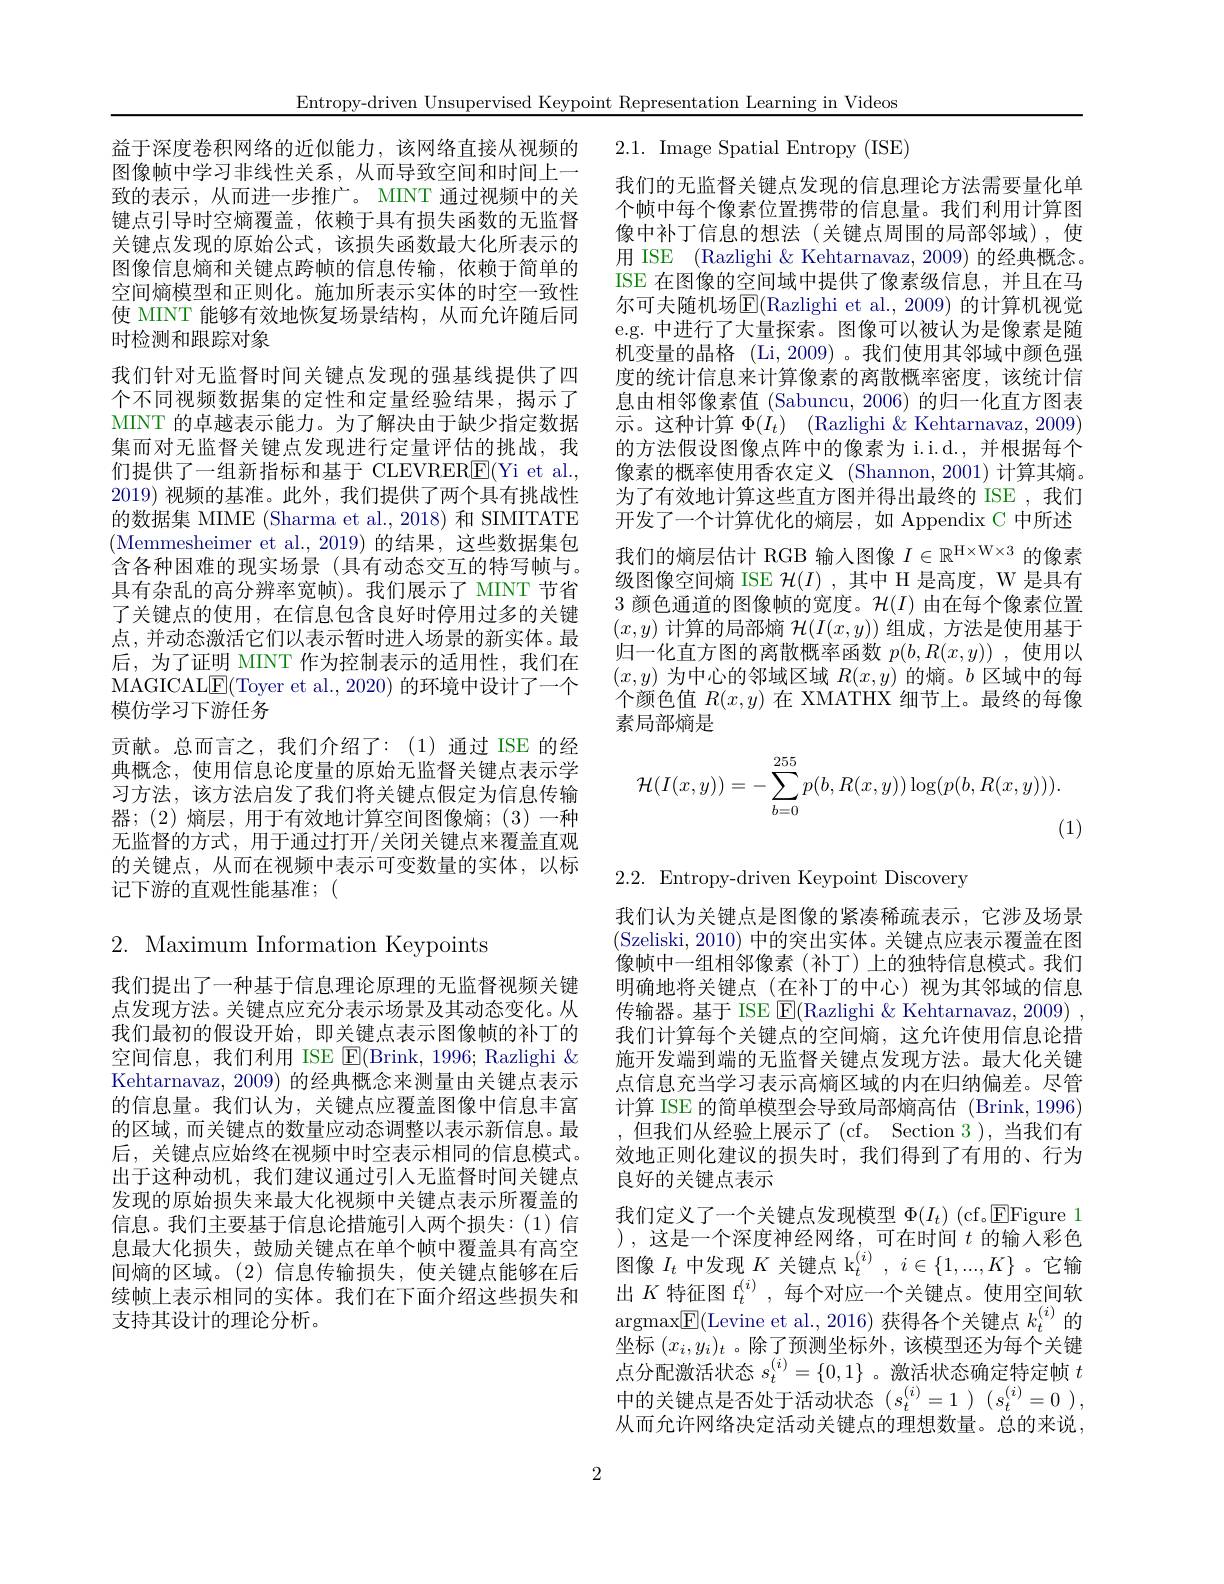
Entropy-driven Unsupervised Keypoint Representation Learning in Videos

2.1. Image Spatial Entropy (ISE)

我们的无监督关键点发现的信息理论方法需要量化单个帧中每个像素位置携带的信息量。我们利用计算图像中补丁信息的想法(关键点周围的局部邻域),使用 ISE (Razlighi &Kehtarnavaz, 2009) 的经典概念。ISE 在图像的空间域中提供了像素级信息，并且在马尔可夫随机场E(Razlighi et al.,2009) 的计算机视觉e.g. 中进行了大量探索。图像可以被认为是像素是随机变量的晶格 (Li, 2009) 。我们使用其邻域中颜色强度的统计信息来计算像素的离散概率密度，该统计信息由相邻像素值 (Sabuncu, 2006) 的归一化直方图表示。这种计算$\Phi ( I_t)$ (Razlighi $\&$ Kehtarnavaz, 2009) 的方法假设图像点阵中的像素为 i.i.d.,并根据每个像素的概率使用香农定义 (Shannon,2001)计算其熵。为了有效地计算这些直方图并得出最终的 ISE , 我们开发了一个计算优化的熵层，如 Appendix C 中所述我们的熵层估计 RGB 输入图像$I\in\mathbb{R}^{\mathrm{H\times W\times3}}$的像素级图像空间熵 ISE $\mathcal{H}(I)$ ,其中 H 是高度，W 是具有3 颜色通道的图像帧的宽度。$\mathcal{H}(I)$由在每个像素位置$(x,y)$计算的局部熵$\mathcal{H}(I(x,y))$组成 ,方法是使用基于归一化直方图的离散概率函数$p(b,R(x,y))$ ,使用以$(x,y)$为中心的邻域区域$R(x,y)$的熵。$b$区域中的每个颜色值$R(x,y)$在 XMATHX 细节上。最终的每像素局部熵是
$$\mathcal{H}(I(x,y))=-\sum_{b=0}^{255}p(b,R(x,y))\log(p(b,R(x,y))).$$
益于深度卷积网络的近似能力，该网络直接从视频的图像帧中学习非线性关系，从而导致空间和时间上一致的表示，从而进一步推广。MINT 通过视频中的关键点引导时空熵覆盖，依赖于具有损失函数的无监督关键点发现的原始公式，该损失函数最大化所表示的图像信息熵和关键点跨帧的信息传输，依赖于简单的空间熵模型和正则化。施加所表示实体的时空一致性使 MINT 能够有效地恢复场景结构，从而允许随后同时检测和跟踪对象
我们针对无监督时间关键点发现的强基线提供了四个不同视频数据集的定性和定量经验结果，揭示了MINT 的卓越表示能力。为了解决由于缺少指定数据集而对无监督关键点发现进行定量评估的挑战，我们提供了一组新指标和基于 CLEVRER$\underline{\mathrm{F}}($Yi et al., 2019)视频的基准。此外，我们提供了两个具有挑战性的数据集 MIME (Sharma et al., 2018) 和 SIMITATE (Memmesheimer et al.,2019)的结果，这些数据集包含各种困难的现实场景(具有动态交互的特写帧与。具有杂乱的高分辨率宽帧)。我们展示了 MINT 节省了关键点的使用，在信息包含良好时停用过多的关键点，并动态激活它们以表示暂时进入场景的新实体。最后，为了证明 MINT 作为控制表示的适用性，我们在MAGICALE(Toyer et al., 2020) 的环境中设计了一个模仿学习下游任务
贡献。总而言之，我们介绍了：(1)通过 ISE 的经典概念，使用信息论度量的原始无监督关键点表示学习方法，该方法启发了我们将关键点假定为信息传输器；(2)熵层，用于有效地计算空间图像熵；(3)一种无监督的方式，用于通过打开/关闭关键点来覆盖直观的关键点，从而在视频中表示可变数量的实体，以标记下游的直观性能基准；(

(1)

2.2. Entropy-driven Keypoint Discovery

# 2. Maximum Information Keypoints

我们提出了一种基于信息理论原理的无监督视频关键点发现方法。关键点应充分表示场景及其动态变化。从我们最初的假设开始，即关键点表示图像帧的补丁的空间信息，我们利用 ISE $\operatorname{E}($Brink,1996; Razlighi $\&$ Kehtarnavaz, 2009) 的经典概念来测量由关键点表示的信息量。我们认为，关键点应覆盖图像中信息丰富的区域，而关键点的数量应动态调整以表示新信息。最后，关键点应始终在视频中时空表示相同的信息模式。出于这种动机，我们建议通过引人无监督时间关键点发现的原始损失来最大化视频中关键点表示所覆盖的信息。我们主要基于信息论措施引人两个损失：(1)信息最大化损失，鼓励关键点在单个帧中覆盖具有高空间熵的区域。(2)信息传输损失，使关键点能够在后续帧上表示相同的实体。我们在下面介绍这些损失和支持其设计的理论分析。

我们认为关键点是图像的紧凑稀疏表示，它涉及场景(Szeliski, 2010) 中的突出实体。关键点应表示覆盖在图像帧中一组相邻像素(补丁)上的独特信息模式。我们明确地将关键点(在补丁的中心)视为其邻域的信息传输器。基于 ISE $\operatorname{E}($Razlighi &Kehtarnavaz, 2009) , 我们计算每个关键点的空间熵，这允许使用信息论措施开发端到端的无监督关键点发现方法。最大化关键点信息充当学习表示高熵区域的内在归纳偏差。尽管计算 ISE 的简单模型会导致局部熵高估 (Brink,1996) 但我们从经验上展示了 (cf。Section 3),当我们有效地正则化建议的损失时，我们得到了有用的、行为良好的关键点表示
我们定义了一个关键点发现模型$\Phi(I_t)$ (cf。EFigure 1 ),这是一个深度神经网络，可在时间$t$的输入彩色图像$I_t$中发现$K\text{ 关键点 k}_t^{(i)},i\in\{1,...,K\}$ 。它输出$K\text{ 特征图 f}_t^{(i)}$,每个对应一个关键点。使用空间软$\operatorname{argmax}[\underline{{\mathrm{F}}}($Levine et al.,2016)获得各个关键点$k_t^{(i)}$的坐标$(x_i,y_i)_t$ 。除了预测坐标外，该模型还为每个关键点分配激活状态$s_t^{(i)}=\{0,1\}$ 。激活状态确定特定帧$t$ 中的关键点是否处于活动状态$(s_t^{(i)}=1)(s_t^{(i)}=0)$, 从而允许网络决定活动关键点的理想数量。总的来说，

2